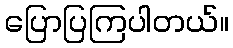
ပြောပြကြပါတယ်။